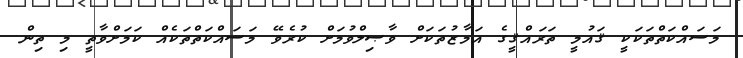
މަސައްކަތްތަކަކީ ޤައުމީ ތަރައްޤީގެ އަމާޒުތަކަށް ވާޞިލްވުމަށް ކުރެވޭ މަސައްކަތްތަކެއް ކަމަށްވާތީ މި ތިން